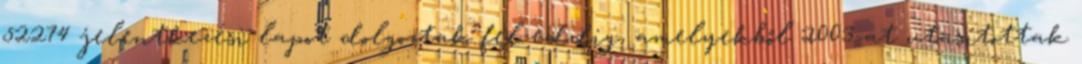
52274 jelentkezési lapot dolgoztak fel eddig, amelyekből 2003-at utasítottak